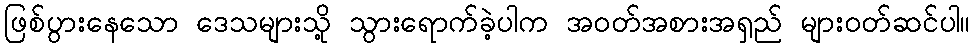
ဖြစ်ပွားနေသော ဒေသများသို့ သွားရောက်ခဲ့ပါက အဝတ်အစားအရှည် များဝတ်ဆင်ပါ။